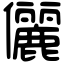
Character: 儷